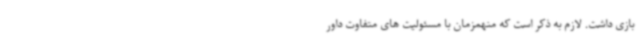
بازی داشت. لازم به ذکر است که منهمزمان با مسئولیت های متفاوت داور